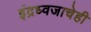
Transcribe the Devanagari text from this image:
इंद्रध्वजाचेही